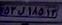
۵۲ل۱۸۵۱۳